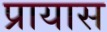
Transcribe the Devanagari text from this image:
प्रायास